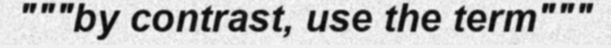
"""by contrast, use the term"""